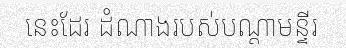
នេះដែរ ដំណាងរបស់បណ្តាមន្ទីរ